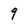
Character: 9